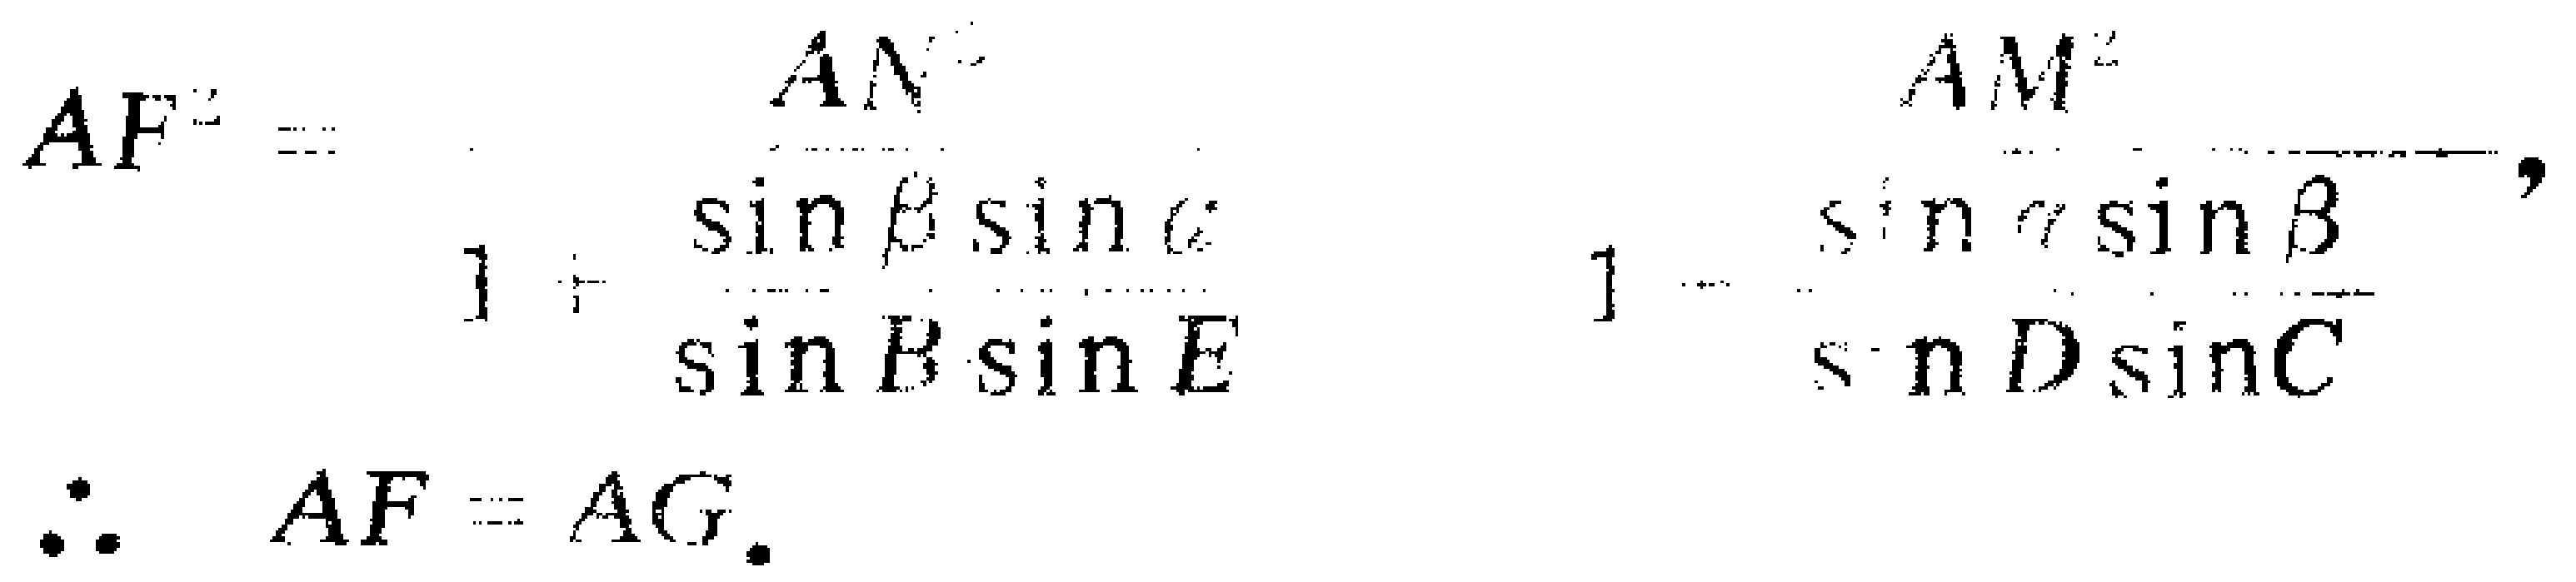
\[

AF^{2}=\frac{AN^{2}}{1 + \frac{\sin\beta\sin\alpha}{\sin B\sin E}}, \quad AM^{2}=\frac{AN^{2}}{1 - \frac{\sin\alpha\sin\beta}{\sin D\sin C}}, \\

\therefore AF = AG.

\]